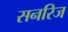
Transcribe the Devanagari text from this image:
सनरिज